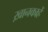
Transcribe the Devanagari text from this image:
ख़ानकाहें